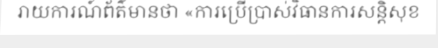
រាយការណ៍ព័ត៌មានថា «ការប្រើប្រាស់វិធានការសន្តិសុខ